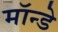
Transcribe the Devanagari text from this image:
मॉन्डे